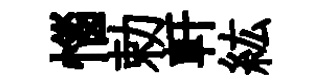
惱勅軒紘